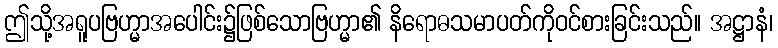
ဤသို့အရူပဗြဟ္မာအပေါင်း၌ဖြစ်သောဗြဟ္မာ၏ နိရောဓသမာပတ်ကိုဝင်စားခြင်းသည်။ အဋ္ဌာနံ၊